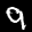
Label: 9